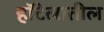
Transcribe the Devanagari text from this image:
हॉटेलातील